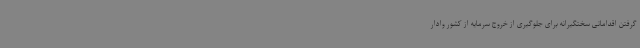
گرفتن اقداماتی سختگیرانه برای جلوگیری از خروج سرمایه از کشور وادار